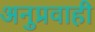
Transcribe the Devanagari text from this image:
अनुप्रवाही